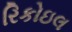
રિકોઇલ